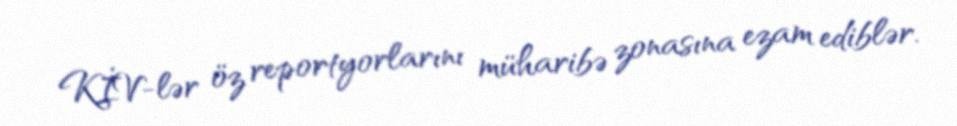
KİV-lər öz reportyorlarını müharibə zonasına ezam ediblər.